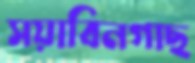
সয়াবিনগাছ